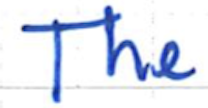
Text: The
Cross-out: clean
Writing tool: ballpoint